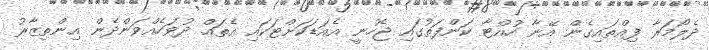
ދެލޯމަރާ ފިއްތައިގެން އޭނާ ހުއްޓާ ކަންފަތުގައި ޖެހުނީ އެއަޑަކަށްޓަކައި އެތައް ދުވަހެއްވަންދެން އިންތިޒާރު